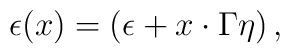
\epsilon(x) = (\epsilon + x\cdot \Gamma \eta)\,,